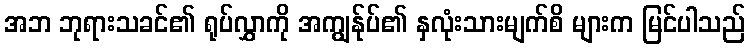
အဘ ဘုရားသခင်၏ ရုပ်လွှာကို အကျွန်ုပ်၏ နှလုံးသားမျက်စိ များက မြင်ပါသည်